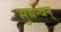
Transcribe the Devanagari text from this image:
सुधन्वन्‌